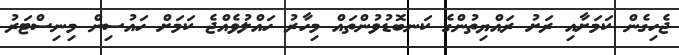
ޖެހިގެން ކަމަށާއި ރަށު ރައްޔިތުންގެ ކަނބޮޑުވުންތައް މިހާރު ހައްލުވެއްޖެ ކަމަށް ހައުސިން މިނިސްޓަރު